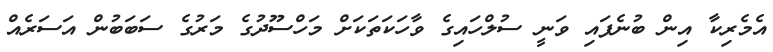
އެމެރިކާ އިން ބުނެފައި ވަނީ ސުލްހައިގެ ވާހަކަތަކަށް މަހްސޫދުގެ މަރުގެ ސަބަބުން އަސަރެއް